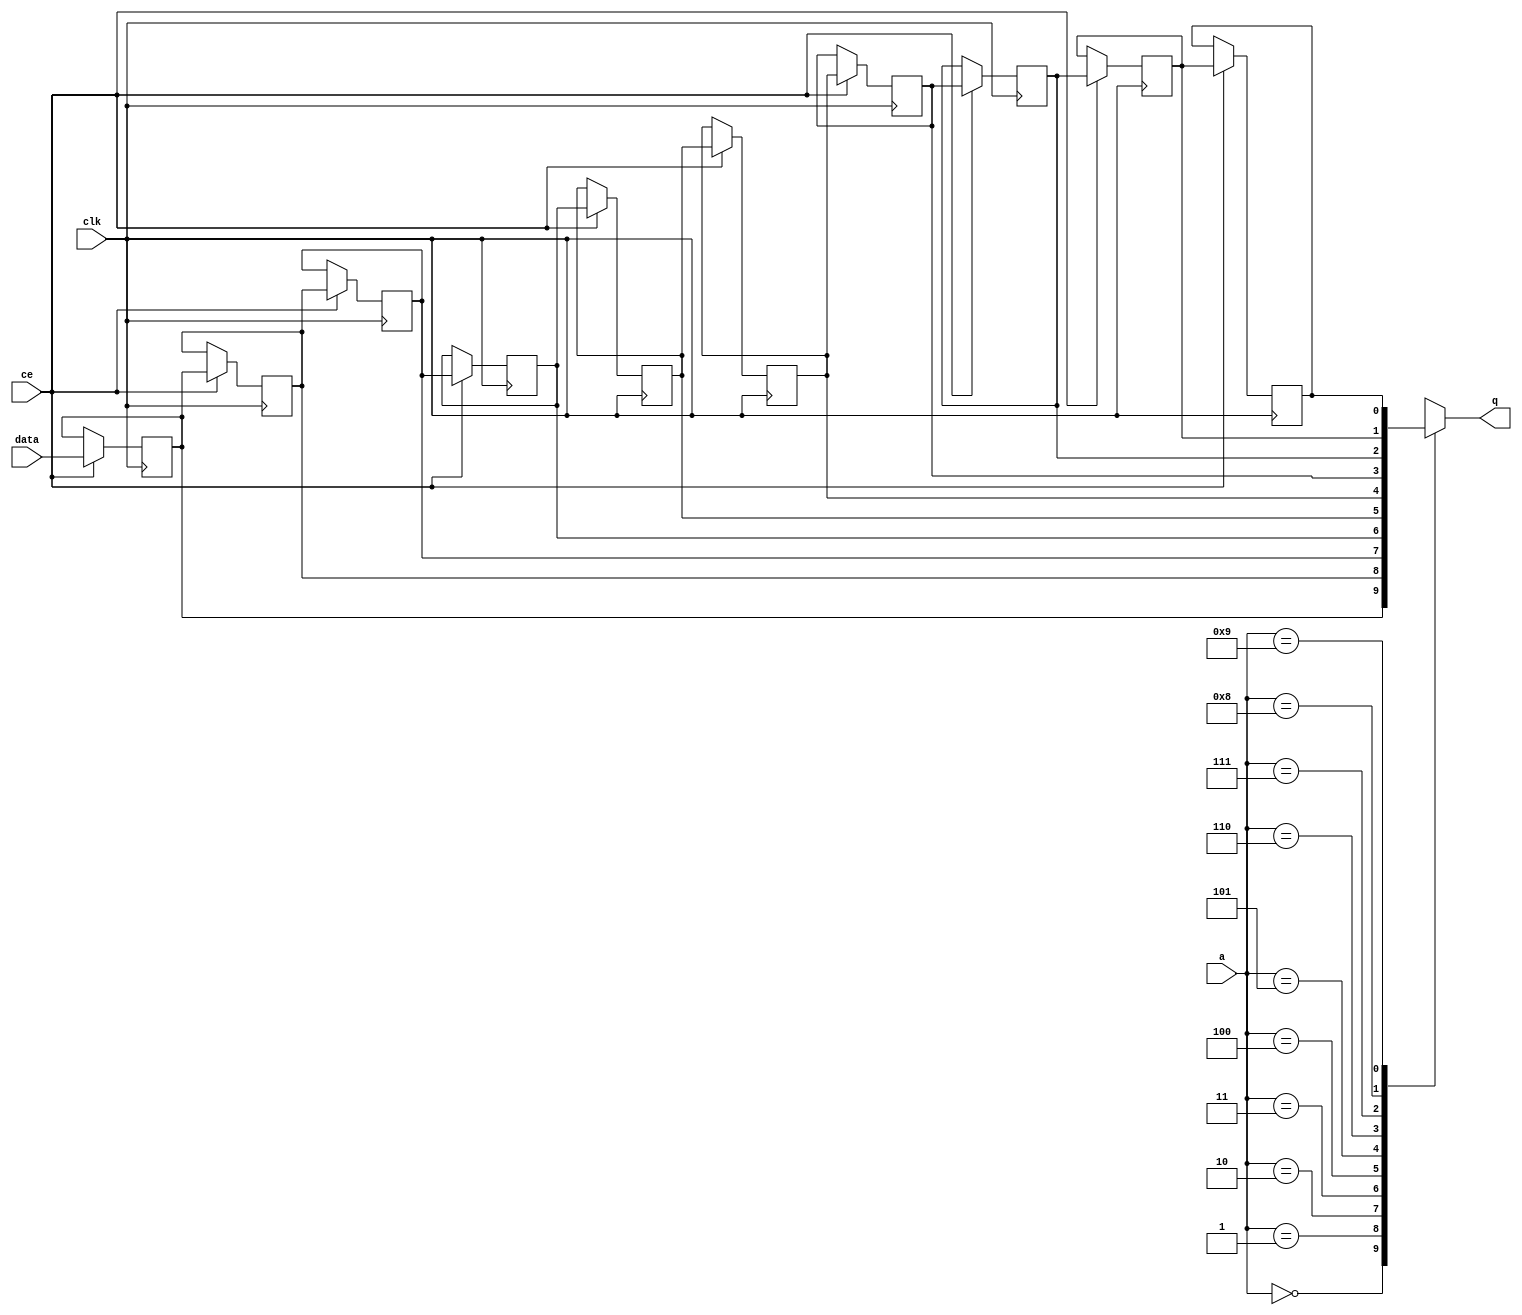
// ==============================================================
// File generated by Vivado(TM) HLS - High-Level Synthesis from C, C++ and SystemC
// Version: 2018.2
// Copyright (C) 1986-2018 Xilinx, Inc. All Rights Reserved.
// 
// ==============================================================


`timescale 1 ns / 1 ps

module start_for_Dilate_U0_shiftReg (
    clk,
    data,
    ce,
    a,
    q);

parameter DATA_WIDTH = 32'd1;
parameter ADDR_WIDTH = 32'd4;
parameter DEPTH = 5'd10;

input clk;
input [DATA_WIDTH-1:0] data;
input ce;
input [ADDR_WIDTH-1:0] a;
output [DATA_WIDTH-1:0] q;

reg[DATA_WIDTH-1:0] SRL_SIG [0:DEPTH-1];
integer i;

always @ (posedge clk)
    begin
        if (ce)
        begin
            for (i=0;i<DEPTH-1;i=i+1)
                SRL_SIG[i+1] <= SRL_SIG[i];
            SRL_SIG[0] <= data;
        end
    end

assign q = SRL_SIG[a];

endmodule

module start_for_Dilate_U0 (
    clk,
    reset,
    if_empty_n,
    if_read_ce,
    if_read,
    if_dout,
    if_full_n,
    if_write_ce,
    if_write,
    if_din);

parameter MEM_STYLE   = "shiftreg";
parameter DATA_WIDTH  = 32'd1;
parameter ADDR_WIDTH  = 32'd4;
parameter DEPTH       = 5'd10;

input clk;
input reset;
output if_empty_n;
input if_read_ce;
input if_read;
output[DATA_WIDTH - 1:0] if_dout;
output if_full_n;
input if_write_ce;
input if_write;
input[DATA_WIDTH - 1:0] if_din;

wire[ADDR_WIDTH - 1:0] shiftReg_addr ;
wire[DATA_WIDTH - 1:0] shiftReg_data, shiftReg_q;
wire                     shiftReg_ce;
reg[ADDR_WIDTH:0] mOutPtr = ~{(ADDR_WIDTH+1){1'b0}};
reg internal_empty_n = 0, internal_full_n = 1;

assign if_empty_n = internal_empty_n;
assign if_full_n = internal_full_n;
assign shiftReg_data = if_din;
assign if_dout = shiftReg_q;

always @ (posedge clk) begin
    if (reset == 1'b1)
    begin
        mOutPtr <= ~{ADDR_WIDTH+1{1'b0}};
        internal_empty_n <= 1'b0;
        internal_full_n <= 1'b1;
    end
    else begin
        if (((if_read & if_read_ce) == 1 & internal_empty_n == 1) && 
            ((if_write & if_write_ce) == 0 | internal_full_n == 0))
        begin
            mOutPtr <= mOutPtr - 5'd1;
            if (mOutPtr == 5'd0)
                internal_empty_n <= 1'b0;
            internal_full_n <= 1'b1;
        end 
        else if (((if_read & if_read_ce) == 0 | internal_empty_n == 0) && 
            ((if_write & if_write_ce) == 1 & internal_full_n == 1))
        begin
            mOutPtr <= mOutPtr + 5'd1;
            internal_empty_n <= 1'b1;
            if (mOutPtr == DEPTH - 5'd2)
                internal_full_n <= 1'b0;
        end 
    end
end

assign shiftReg_addr = mOutPtr[ADDR_WIDTH] == 1'b0 ? mOutPtr[ADDR_WIDTH-1:0]:{ADDR_WIDTH{1'b0}};
assign shiftReg_ce = (if_write & if_write_ce) & internal_full_n;

start_for_Dilate_U0_shiftReg 
#(
    .DATA_WIDTH(DATA_WIDTH),
    .ADDR_WIDTH(ADDR_WIDTH),
    .DEPTH(DEPTH))
U_start_for_Dilate_U0_ram (
    .clk(clk),
    .data(shiftReg_data),
    .ce(shiftReg_ce),
    .a(shiftReg_addr),
    .q(shiftReg_q));

endmodule